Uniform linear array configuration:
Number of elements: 64
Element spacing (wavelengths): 0.25
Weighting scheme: cosine
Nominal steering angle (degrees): -60
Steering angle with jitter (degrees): -59.683
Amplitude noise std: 0.05
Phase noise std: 0.05

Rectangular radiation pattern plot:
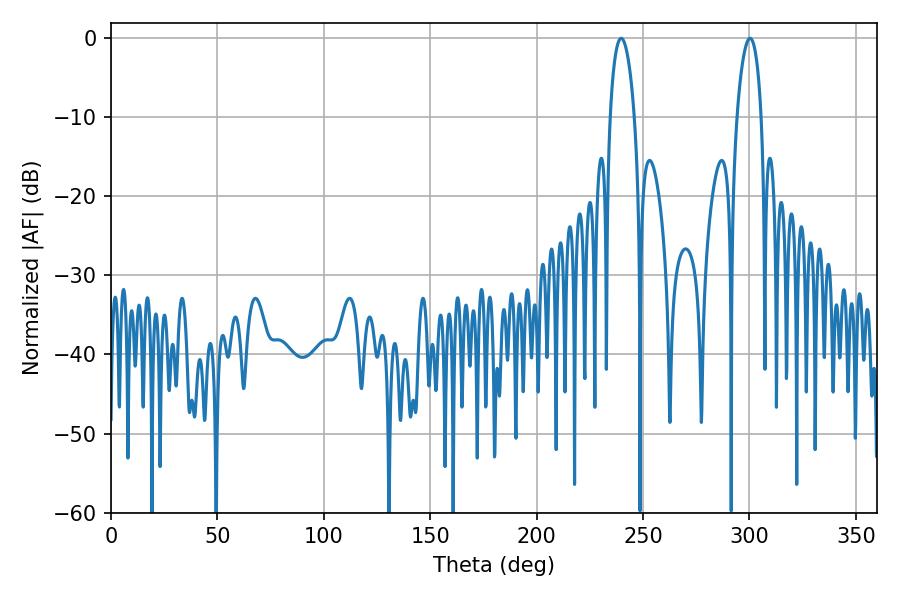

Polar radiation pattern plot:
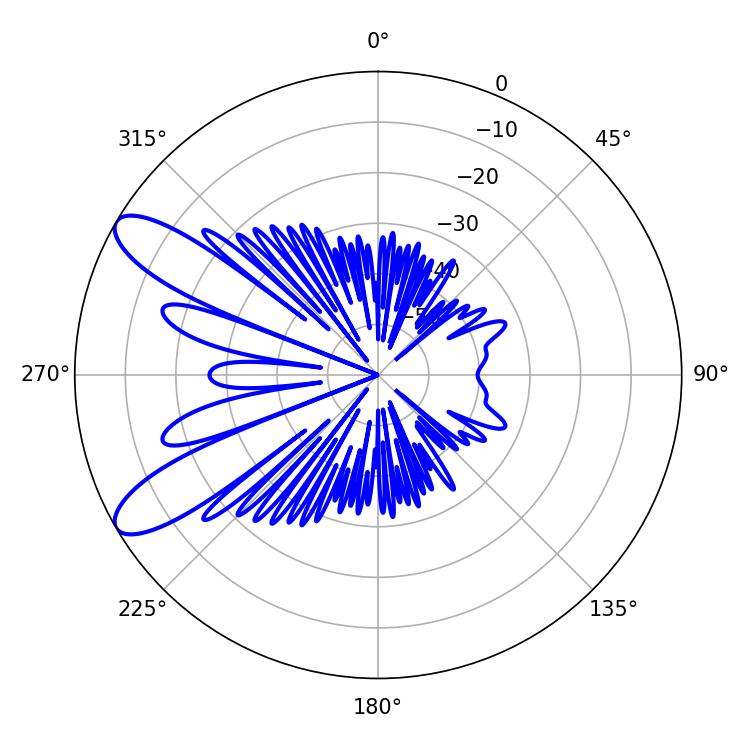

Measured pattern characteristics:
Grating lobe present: FALSE
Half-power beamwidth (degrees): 6.48
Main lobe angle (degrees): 239.76